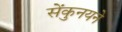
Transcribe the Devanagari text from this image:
सेंकुनयने